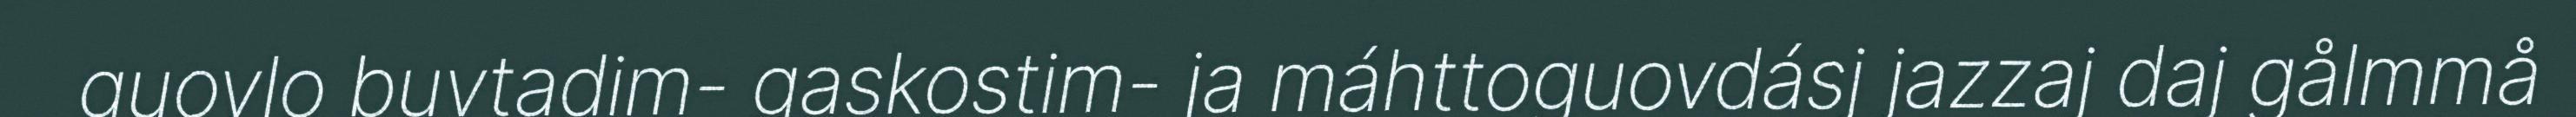
guovlo buvtadim- gaskostim- ja máhttoguovdásj jazzaj daj gålmmå